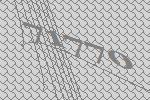
71770